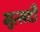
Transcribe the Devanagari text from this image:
मुत्सदी